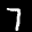
Label: 7